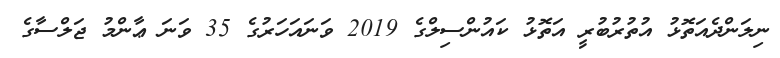
ނިލަންދެއަތޮޅު އުތުރުބުރީ އަތޮޅު ކައުންސިލްގެ 2019 ވަނައަހަރުގެ 35 ވަނަ ޢާންމު ޖަލްސާގެ